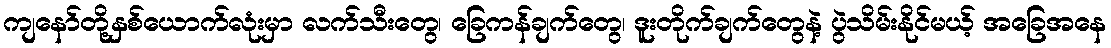
ကျနော်တို့နှစ်ယောက်လုံးမှာ လက်သီးတွေ၊ ခြေကန်ချက်တွေ၊ ဒူးတိုက်ချက်တွေနဲ့ ပွဲသိမ်းနိုင်မယ့် အခြေအနေ